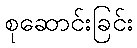
စုဆောင်းခြင်း